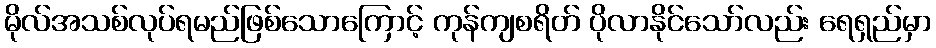
မိုလ်အသစ်လုပ်ရမည်ဖြစ်သောကြောင့် ကုန်ကျစရိတ် ပိုလာနိုင်သော်လည်း ရေရှည်မှာ